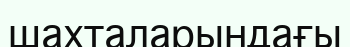
шахталарындағы